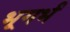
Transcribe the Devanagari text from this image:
भूगर्भं